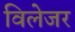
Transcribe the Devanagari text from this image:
विलेजर